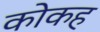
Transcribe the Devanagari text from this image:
कोकह